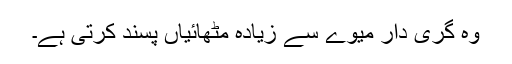
وہ گری دار میوے سے زیادہ مٹھائیاں پسند کرتی ہے۔